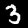
Label: 3